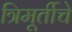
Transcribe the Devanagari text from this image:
त्रिमूर्तीचे